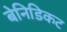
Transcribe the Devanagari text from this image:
बेनिडिकट